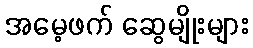
အမေ့ဖက် ဆွေမျိုးများ